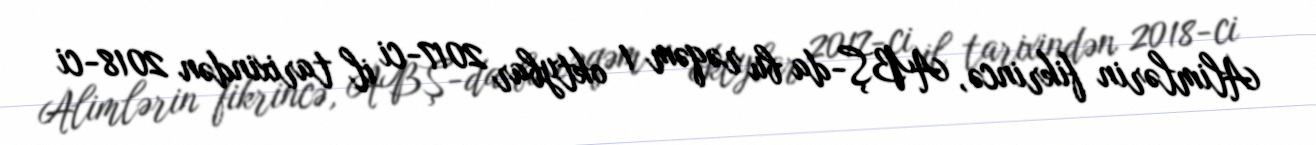
Alimlərin fikrincə, ABŞ-da bu rəqəm 1 oktybar 2017-ci il tarixindən 2018-ci